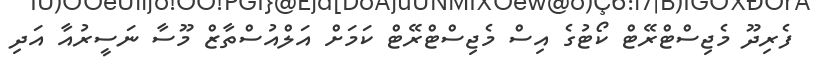
ފެރިދޫ މެޖިސްޓްރޭޓް ކޯޓުގެ އިސް މެޖިސްޓްރޭޓް ކަމަށް އަލްއުސްތާޒް މޫސާ ނަސީރުއާ އަދި